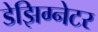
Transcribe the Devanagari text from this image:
डेझिग्नेटर